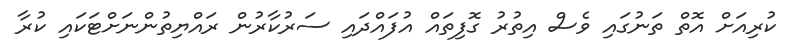
ކުރިއަށް އޮތް ތަނުގައި ވެސް އިތުރު ގޮފިތައް އުފައްދައި ސަރުކާރުން ރައްޔިތުންނަށްޓަކައި ކުރާ